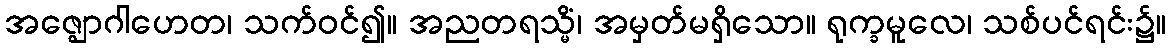
အဇ္ဈောဂါဟေတ၊ သက်ဝင်၍။ အညတရသ္မိံ၊ အမှတ်မရှိသော။ ရုက္ခမူလေ၊ သစ်ပင်ရင်း၌။